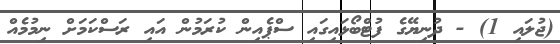
(ޖުލައި 1) - ދުނިޔޭގެ ފުޓްބޯޅައިގައި ސްޕެއިން ކުރަމުން އައި ރަސްކަމަށް ނިމުމެއް